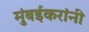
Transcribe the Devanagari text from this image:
मुंबईकरांनी